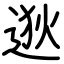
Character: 逖